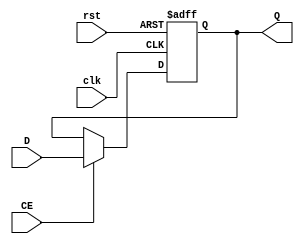
`timescale 1ns / 1ps
//////////////////////////////////////////////////////////////////////////////////
// Company: 
// Engineer: 
// 
// Design Name: 
// Module Name: REG32
// Project Name: 
// Target Devices: 
// Tool Versions: 
// Description: 
// 
// Dependencies: 
// 
// Revision:
// Revision 0.01 - File Created
// Additional Comments:
// 
//////////////////////////////////////////////////////////////////////////////////


module REG32(
    input clk,
    input rst,
    input CE,   //enable
    input [31:0] D,
    output reg [31:0] Q
    );
    
    always @(posedge clk or posedge rst) begin
        if (rst==1) Q<=0;
        else if (CE==1) Q<=D;
    end
        
endmodule